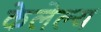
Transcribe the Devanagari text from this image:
केलेल्य